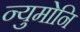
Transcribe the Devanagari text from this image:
न्युमोनि